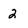
Character: 2